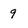
Character: 9